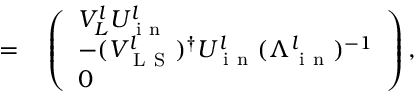
\begin{array} { r l } { = } & { { } \left( \begin{array} { l } { V _ { L } ^ { l } U _ { \mathrm { ~ i ~ n ~ } } ^ { l } } \\ { - ( V _ { \mathrm { ~ L ~ S ~ } } ^ { l } ) ^ { \dagger } U _ { \mathrm { ~ i ~ n ~ } } ^ { l } ( \Lambda _ { \mathrm { ~ i ~ n ~ } } ^ { l } ) ^ { - 1 } } \\ { 0 } \end{array} \right) , } \end{array}